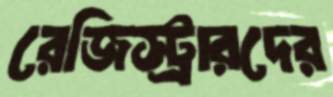
রেজিস্ট্রারদের